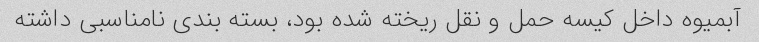
آبمیوه داخل کیسه حمل و نقل ریخته شده بود، بسته بندی نامناسبی داشته